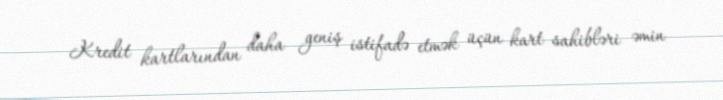
Kredit kartlarından daha geniş istifadə etmək üçün kart sahibləri əmin